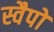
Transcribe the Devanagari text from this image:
स्वैपों